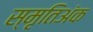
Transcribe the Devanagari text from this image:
स्मृतिअंक